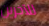
للآخرين